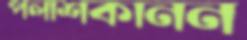
পলাশকানন